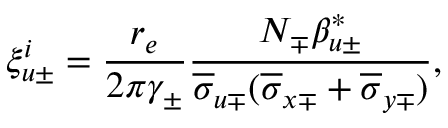
\xi _ { u \pm } ^ { i } = \frac { r _ { e } } { 2 \pi \gamma _ { \pm } } \frac { N _ { \mp } \beta _ { u \pm } ^ { * } } { \overline { { \sigma } } _ { u \mp } ( \overline { { \sigma } } _ { x \mp } + \overline { { \sigma } } _ { y \mp } ) } ,